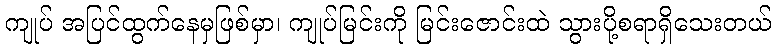
ကျုပ် အပြင်ထွက်နေမှဖြစ်မှာ၊ ကျုပ်မြင်းကို မြင်းဇောင်းထဲ သွားပို့စရာရှိသေးတယ်